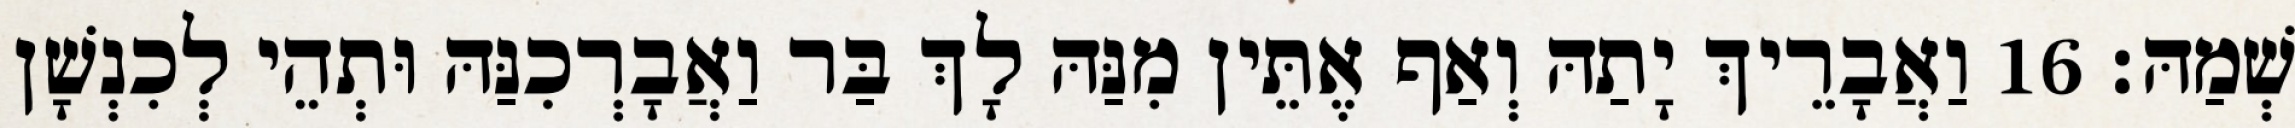
שְׁמַהּ׃ 16 וַאֲבָרֵיךְ יָתַהּ וְאַף אֶתֵּין מִנַּהּ לָךְ בַּר וַאֲבָרְכִנַּהּ וּתְהֵי לְכִנְשָׁן